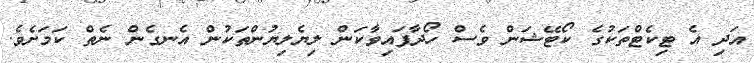
އަދި އެ ޓިކެޓްތަކުގެ ކޯޓޭޝަން ވެސް ހޯދާފައިވާކަން ލިޔެލިޔުންތަކުން އެނގެން ނެތް ކަމަށެވެ.